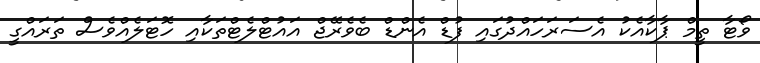
ވޯޓާ ތީމް ޕާކާއެކު އެސަރަހައްދުގައި ފުޑް އެންޑް ބެވެރޭޖް އައުޓްލެޓްތަކާއި ހޮޓަލެއްވެސް ތަރައްގީ